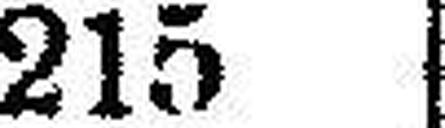
215